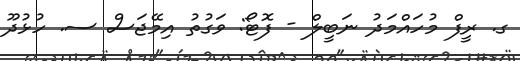
ގ. ރީފް މުހައްމަދު ނަބީލް - ފޮޓޯ: ވަގުތު އިމޭޖަސް ސ. ހުޅުދޫ